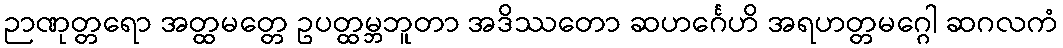
ဉာဏုတ္တရော အတ္ထမတ္တေ ဥပတ္ထမ္ဘဘူတာ အဒိဿတော ဆဟင်္ဂေဟိ အရဟတ္တမဂ္ဂေါ ဆဂလကံ